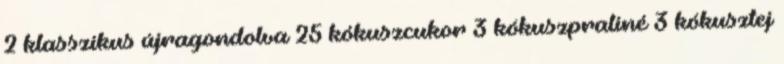
2 klasszikus újragondolva 25 kókuszcukor 3 kókuszpraliné 3 kókusztej